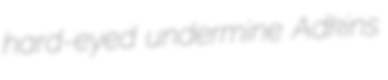
hard-eyed undermine Adkins